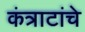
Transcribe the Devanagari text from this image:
कंत्राटांचे